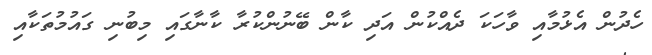
ހެދުން އެޅުމާއި ވާހަކަ ދެއްކުން އަދި ކާން ބޭނުންކުރާ ކާނާގައި މިބުނި ގައުމުތަކާއި